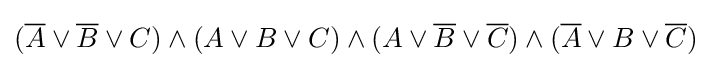
({\overline {A}}\vee {\overline {B}}\vee C)\wedge (A\vee B\vee C)\wedge (A\vee {\overline {B}}\vee {\overline {C}})\wedge ({\overline {A}}\vee B\vee {\overline {C}})